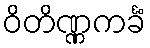
ဝိတိဏ္ဏကင်္ခံ